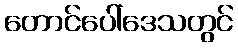
တောင်ပေါ်ဒေသတွင်